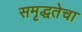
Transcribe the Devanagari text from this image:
समृद्धतेचा